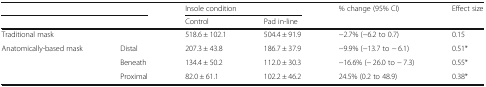
<table><thead><tr><td colspan="2"></td><td colspan="2"><b>Insole condition</b></td><td><b>% change (95% CI)</b></td><td><b>Effect size</b></td></tr><tr><td colspan="2"></td><td><b>Control</b></td><td><b>Pad in-line</b></td><td></td><td></td></tr></thead><tbody><tr><td>Traditional mask</td><td></td><td>518.6 ± 102.1</td><td>504.4 ± 91.9</td><td>−2.7% (−6.2 to 0.7)</td><td>0.15</td></tr><tr><td rowspan="3">Anatomically-based mask</td><td>Distal</td><td>207.3 ± 43.8</td><td>186.7 ± 37.9</td><td>−9.9% (−13.7 to − 6.1)</td><td>0.51*</td></tr><tr><td>Beneath</td><td>134.4 ± 50.2</td><td>112.0 ± 30.3</td><td>−16.6% (− 26.0 to − 7.3)</td><td>0.55*</td></tr><tr><td>Proximal</td><td>82.0 ± 61.1</td><td>102.2 ± 46.2</td><td>24.5% (0.2 to 48.9)</td><td>0.38*</td></tr></tbody></table>